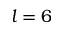
l = 6